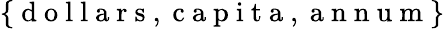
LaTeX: \{ \mathrm{~d~o~l~l~a~r~s~},\mathrm{~c~a~p~i~t~a~},\mathrm{~a~n~n~u~m~}\}